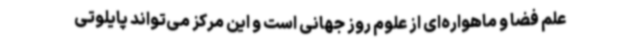
علم فضا و ماهواره‌ای از علوم روز جهانی است و این مرکز می‌تواند پایلوتی